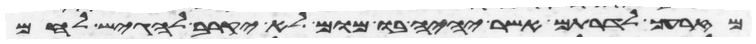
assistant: מזרעך לדרותם אשר יהיה בו מום לא יקרב להגיש לחם